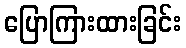
ပြောကြားထားခြင်း